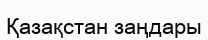
Қазақстан заңдары